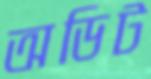
অডিট